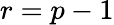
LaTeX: r=p-1